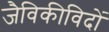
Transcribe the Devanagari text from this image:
जैविकीविदों